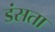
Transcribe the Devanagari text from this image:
डंसता